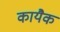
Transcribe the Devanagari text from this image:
कायैक